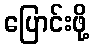
ပြောင်းဖို့